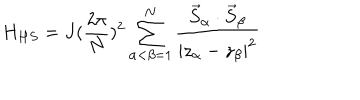
H _ { H S } = J ( \frac { 2 \pi } { N } ) ^ { 2 } \sum _ { \alpha < \beta = 1 } ^ { N } \frac { \vec { S } _ { \alpha } \cdot \vec { S } _ { \beta } } { | z _ { \alpha } - z _ { \beta } | ^ { 2 } }